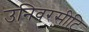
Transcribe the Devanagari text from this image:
उनिवरसीटि